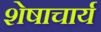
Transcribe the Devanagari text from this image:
शेषाचार्य